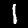
Label: 1